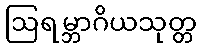
ဩရမ္ဘာဂိယသုတ္တ